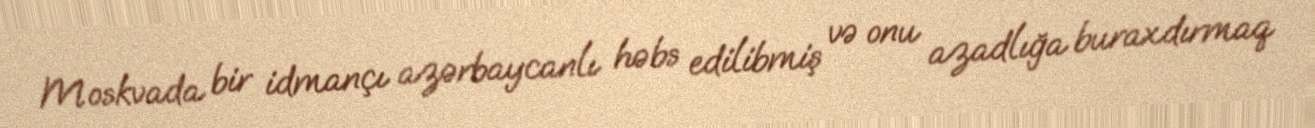
Moskvada bir idmançı azərbaycanlı həbs edilibmiş və onu azadlığa buraxdırmaq